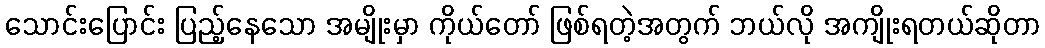
သောင်းပြောင်း ပြည့်နေသော အမျိုးမှာ ကိုယ်တော် ဖြစ်ရတဲ့အတွက် ဘယ်လို အကျိုးရတယ်ဆိုတာ